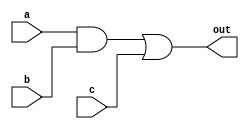
module D(out, a, b, c);
output out;
input a, b, c;
wire e;
and a1(e, a, b);
or  o1(out, e, c);
endmodule

module testbench;
wire OUT,A,B,C;
assign A = 0;
assign B = 0;
assign C  = 1;
D u_D(.out(OUT), .a(A ), .b(B), .c(C));

`ifndef  VCD_DUMP_EN
	`define VCD_DUMP_EN
	initial begin
		$dumpfile("exm_1.vcd"); 
		$dumpvars(0, testbench);
	end
`endif
endmodule